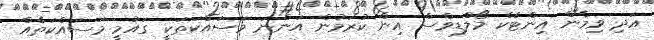
އަދި ވިމެން އިންޓެކް މޯލްޑިވްސް އިން ކުރަމުން އަންނަ މަސައްކަތަކީ ގައުމީ މަސައްކަތެއް